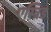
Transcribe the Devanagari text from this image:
एस्त्रिड